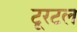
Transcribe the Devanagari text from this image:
टूरटल